Tezpur Lunatic Asylum reports 1895-1904 - 1895-1904
Year: 1895
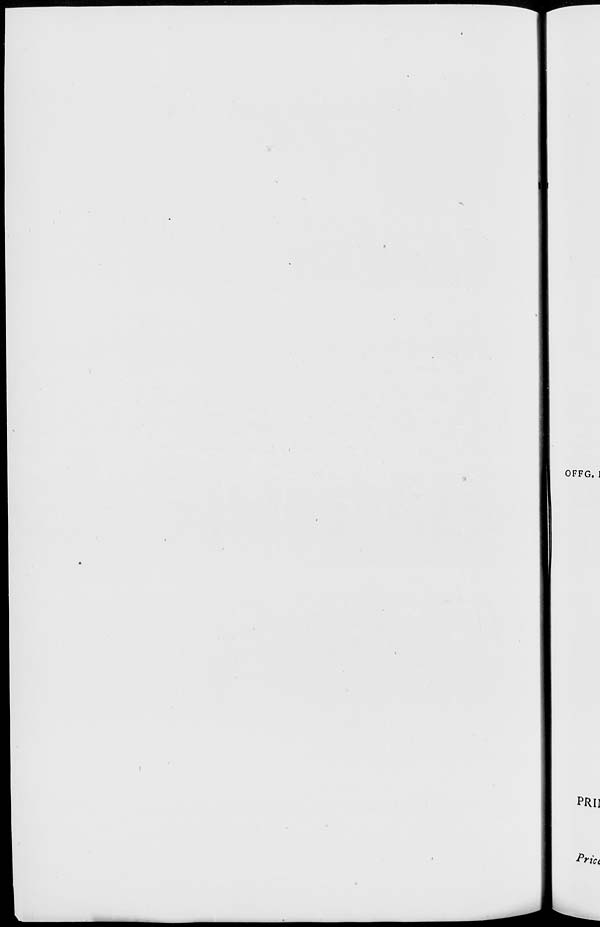
OFFG. 1
PRII
Pn\ rict